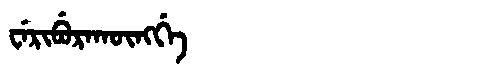
Manchu: ᠸᡝᡵᡳᠪᡠᡵᠠᡴᡡᠩᡤᡝ
Romanization: WERIBURAKŪNGGE